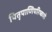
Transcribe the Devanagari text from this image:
पितृपाणिपरिष्कारो